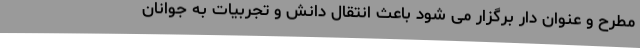
مطرح و عنوان دار برگزار می شود باعث انتقال دانش و تجربیات به جوانان